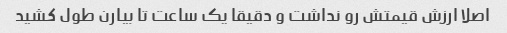
اصلا ارزش قیمتش رو نداشت و دقیقا یک ساعت تا بیارن طول کشید